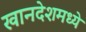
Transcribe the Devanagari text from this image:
खानदेशमध्ये